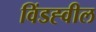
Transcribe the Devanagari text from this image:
विंडह्वील